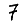
Digit: 7